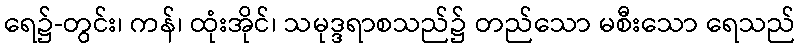
ရေ၌-တွင်း၊ ကန်၊ ထုံးအိုင်၊ သမုဒ္ဒရာစသည်၌ တည်သော မစီးသော ရေသည်